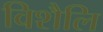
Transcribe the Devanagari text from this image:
विशैलि